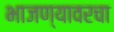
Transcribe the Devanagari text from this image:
भाजण्यावरचा